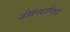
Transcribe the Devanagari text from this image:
जीवनदर्शनाचे